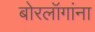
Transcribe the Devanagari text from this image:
बोरलॉगांना